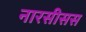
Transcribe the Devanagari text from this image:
नारसीसस